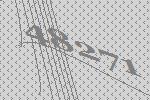
48271